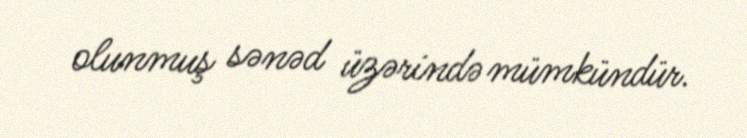
olunmuş sənəd üzərində mümkündür.